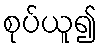
စုပ်ယူ၍